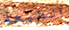
الطبعة